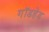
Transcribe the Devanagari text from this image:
गॉडहेड